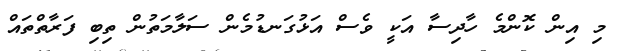
މި އިން ކޮންމެ ހާދިސާ އަކީ ވެސް އަޅުގަނޑުމެން ސަލާމަތުން ތިބި ފަރާތްތައް